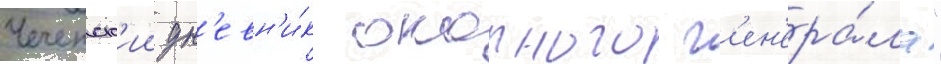
Чеченск'ии дн'евн'и́к окопного г'ен'ера́ла"